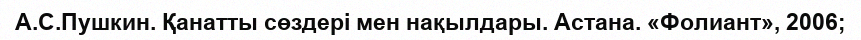
А.С.Пушкин. Қанатты сөздері мен нақылдары. Астана. «Фолиант», 2006;